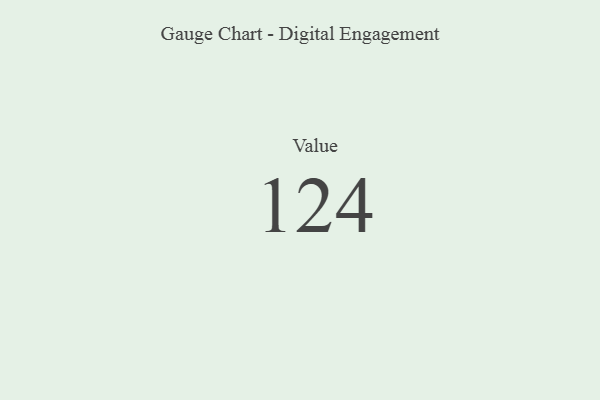
{"axis": {"x": "Metric", "y": "Value"}, "legend": [""], "data": [{"x": "Value", "y": 124, "type": ""}]}